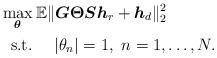
LaTeX: \begin{align*}& \max_{\boldsymbol{\theta}} \mathbb{E} \|\boldsymbol{G} \boldsymbol{\Theta}\boldsymbol{S}\boldsymbol{h}_r + \boldsymbol{h}_d \|_2^2 \\& ~~\textrm{s.t.} \quad~ |\theta_n| = 1, ~n = 1,\ldots, N. \end{align*}